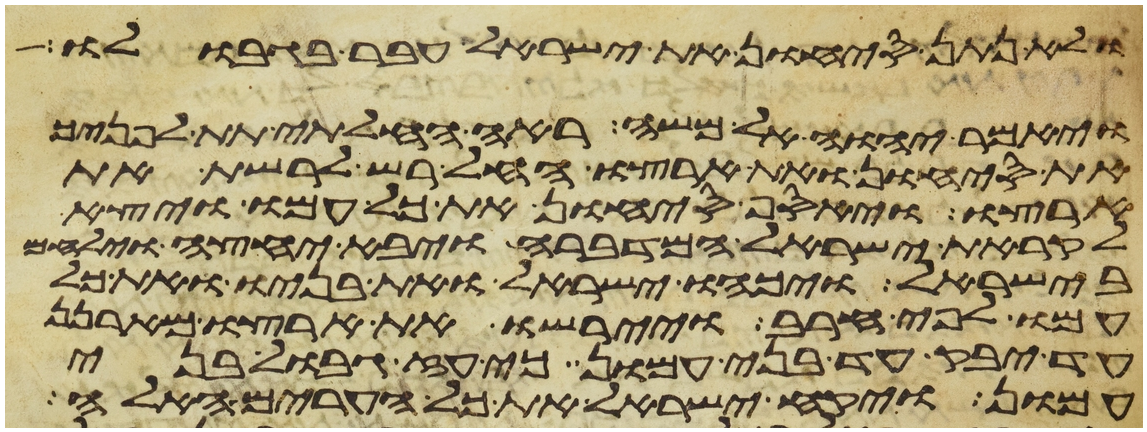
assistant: ולא נתן סיחון את ישראל עבר בגבולו
ויאמר יהוה אל משה ראה החלתי תת לפניך
את סיחון ואת ארצו החל רש לרשת את
ארצו ויאסף סיחון את כל עמו ויצא
לקראת ישראל המדברה ויבא יחצה וילחם
בישראל ויכהו ישראל ואת בניו ואת כל
עמו לפי חרב ויירשו את ארצו מארנן
עד יבק עד בני עמון כי עז גבול בני
עמון ויקח ישראל את כל הערים האלה